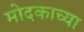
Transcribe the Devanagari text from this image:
मोदकाच्या